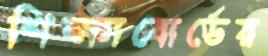
শিক্ষাবোর্ডের